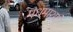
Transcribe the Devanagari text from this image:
मधमाश्यां